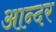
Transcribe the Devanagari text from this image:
आन्दर